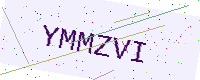
Text: YMMZVI